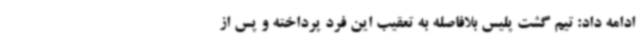
ادامه داد: تیم گشت پلیس بلافاصله به تعقیب این فرد پرداخته و پس از